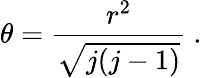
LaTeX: \theta=\frac{r^{2}}{\sqrt{j(j-1)}}~.